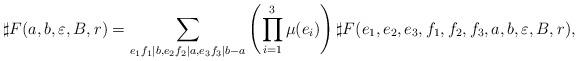
LaTeX: \begin{align*}\sharp F(a,b,\varepsilon,B,r)&=\sum_{e_1f_1|b,e_2f_2|a,e_3f_3|b-a}\left(\prod_{i=1}^3\mu(e_i)\right)\sharp F(e_1,e_2,e_3,f_1,f_2,f_3,a,b,\varepsilon,B,r),\end{align*}